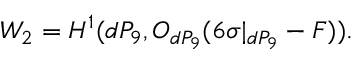
W _ { 2 } = H ^ { 1 } ( d P _ { 9 } , { \cal O } _ { d P _ { 9 } } ( 6 \sigma | _ { d P _ { 9 } } - F ) ) .